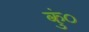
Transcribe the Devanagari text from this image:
कुं०